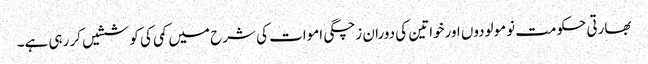
بھارتی حکومت نومولودوں اورخواتین کی دوران زچگی اموات کی شرح میں کمی کی کوششیں کر رہی ہے۔